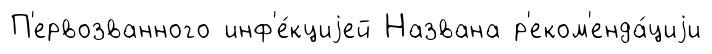
П'ервозванного инф'е́кциjей Названа р'еком'енда́циjи